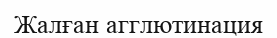
Жалған агглютинация